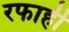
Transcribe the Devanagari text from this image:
रफाही